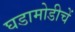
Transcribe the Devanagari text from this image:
घडामोडीचें